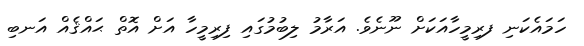
ހަމައެކަނި ފރިމީހާއަކަށް ނޫނެވެ. އަރާމު ލިބުމުގައި ފިރިމީހާ އަށް އޮތް ޙައްޤެއް އަނބި